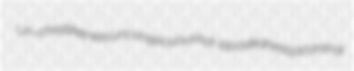
Un-christlikeness unconspicuous hot-bloodedness jacarandi